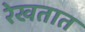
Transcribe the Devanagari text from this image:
रेखतात